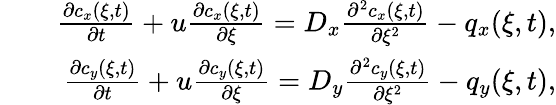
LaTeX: \begin{array}{rlr}&{}&{\frac{\partial c_{x}(\xi,t)}{\partial t}+u\frac{\partial c_{x}(\xi,t)}{\partial\xi}=D_{x}\frac{\partial^{2}c_{x}(\xi,t)}{\partial\xi^{2}}-q_{x}(\xi,t),}\\ &{}&{\frac{\partial c_{y}(\xi,t)}{\partial t}+u\frac{\partial c_{y}(\xi,t)}{\partial\xi}=D_{y}\frac{\partial^{2}c_{y}(\xi,t)}{\partial\xi^{2}}-q_{y}(\xi,t),}\end{array}